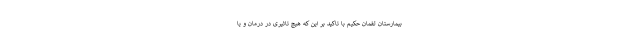
بیمارستان لقمان حکیم با تاکید بر این که هیچ تاثیری در درمان و یا